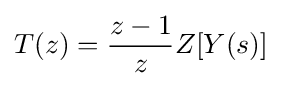
T(z)={\dfrac {z-1}{z}}Z[Y(s)]